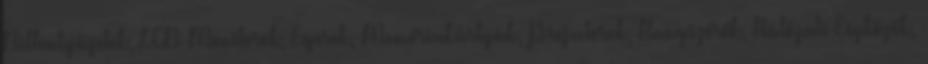
Billentyűzetek, LCD Monitorok, Egerek, Memóriakártyák, Projectorok, Hangszórók, Hálózati Eszközök,